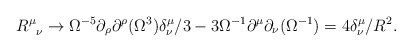
\begin{align*}R^{\mu}_{\phantom{\mu}\nu} \rightarrow \Omega^{-5}\partial_{\rho}\partial^{\rho}(\Omega^3)\delta^{\mu}_{\nu}/3-3\Omega^{-1}\partial^{\mu}\partial_{\nu}(\Omega^{-1})=4\delta^{\mu}_{\nu}/R^2.\end{align*}